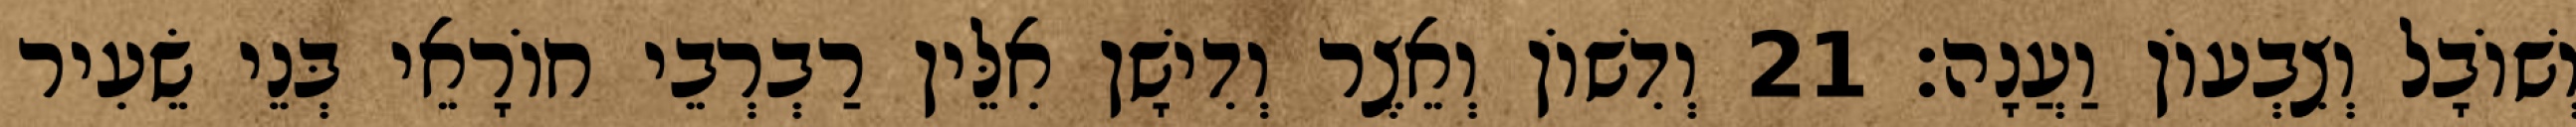
וְשׁוֹבָל וְצִבְעוֹן וַעֲנָה׃ 21 וְדִשׁוֹן וְאֵצֶר וְדִישָׁן אִלֵּין רַבְרְבֵי חוֹרָאֵי בְּנֵי שֵׂעִיר